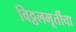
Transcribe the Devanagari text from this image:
विठ्ठलमूर्तीचा